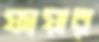
ফায়ার